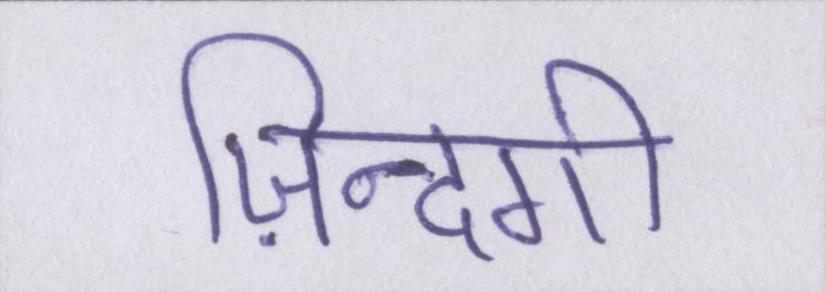
ज़िन्दगी